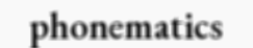
phonematics